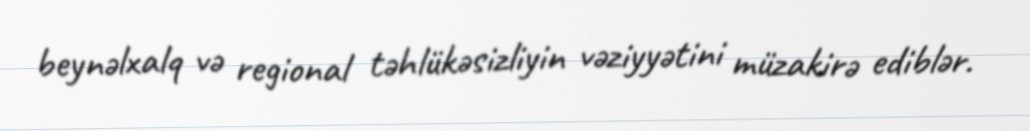
beynəlxalq və regional təhlükəsizliyin vəziyyətini müzakirə ediblər.